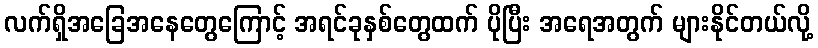
လက်ရှိအခြေအနေတွေကြောင့် အရင်ခုနှစ်တွေထက် ပိုပြီး အရေအတွက် များနိုင်တယ်လို့